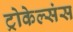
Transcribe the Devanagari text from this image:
ट्रोकेल्संस